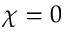
\chi = 0